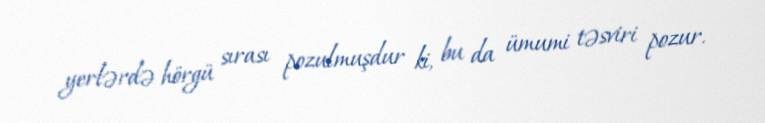
yerlərdə hörgü sırası pozulmuşdur ki, bu da ümumi təsviri pozur.